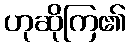
ဟုဆိုကြ၏